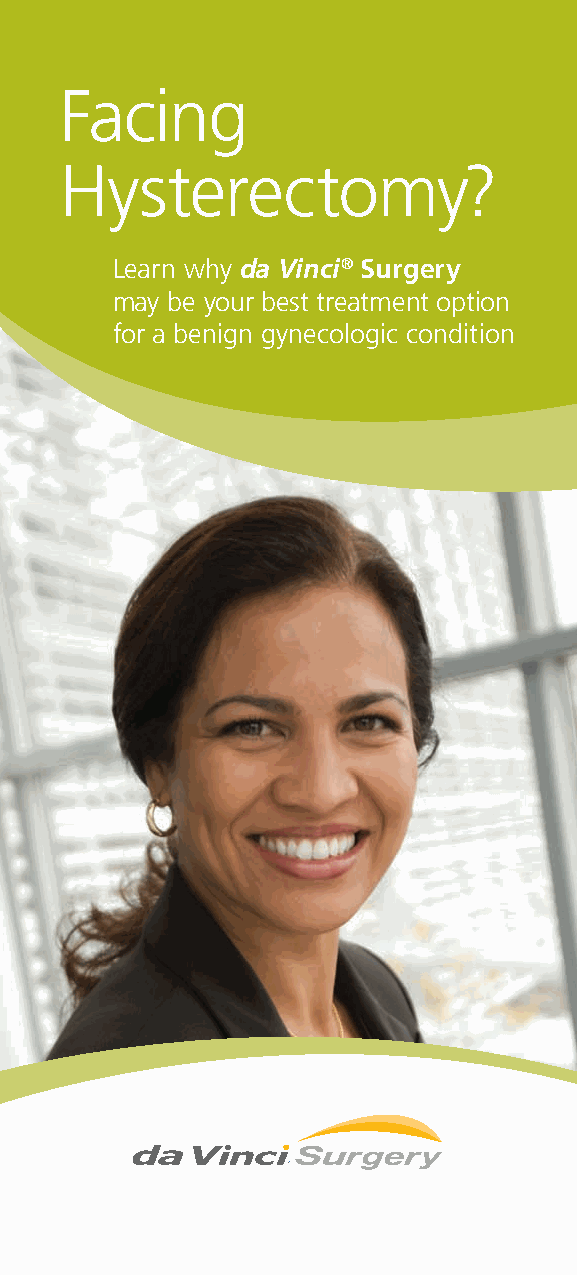
Facing
 Hysterectomy?
 The  Condition(s):
 Your doctor is one of a growing                                                                                    Chronic Pain, Heavy Bleeding, Fibroids,
 Endometriosis and/or Prolapse
 number of surgeons offering                                                    Learn why da Vinci® Surgery
 A wide variety of benign (non-cancerous)
 may be your best treatment option
 da Vinci Surgery for benign                                                                                       conditions can affect a woman’s reproduc-
 for a benign gynecologic condition
 tive system, which consists of the uterus, the
 gynecologic conditions.
 vagina, ovaries and fallopian tubes. Most of
 these conditions affect the uterus, which is
 the hollow, muscular organ that holds a baby
 as it grows inside a pregnant woman.
 Common types of gynecologic conditions
 like fibroids (non-cancerous growths in the
 uterine wall), endometriosis (non-cancerous
 growths of the uterine lining) or prolapse
 For more information about
 (falling or slipping of the uterus) can cause
 da Vinci Hysterectomy and to find a                                                                             chronic pain and heavy bleeding, as well as
 da Vinci Surgeon near you, visit:                                                                             other disabling symptoms.
 www.daVinciHysterectomy.com                                                                                      Women who experience these symptoms are
 often treated with hysterectomy - the surgical
 removal of the uterus. In fact, this procedure
 is the second most common surgical proce-
 dure for women in the United States, and an
 estimated one third of all U.S. women will
 have a hysterectomy by age 60.1
 Fallopian
 Tubes
 Ovaries
 Uterus
 1http://womenshealth.gov/faq/hysterectomy.htm